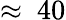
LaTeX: \approx~40